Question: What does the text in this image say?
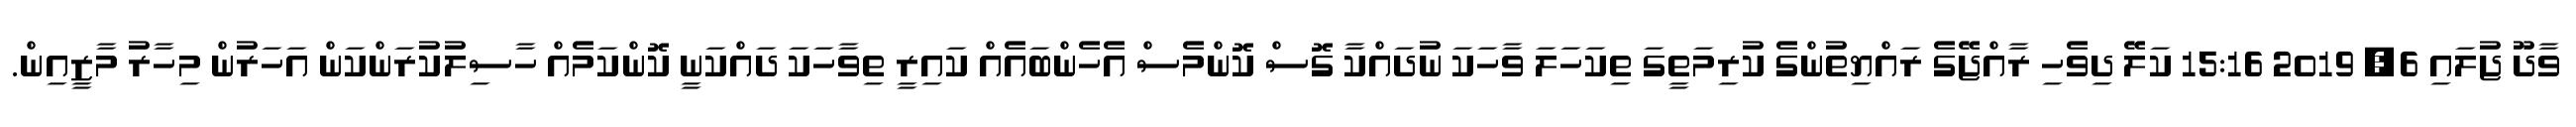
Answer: ވާދޫ ޖުލައި 6, 2019 15:16 ކަލޭ ދިވެހި ރާއްޖޭގެ ރައްޔިތުންގެ ކުރިމަތީގަ ތިކަހަލަ ވާހަކަ ނުދައްކާ ގޮސް ކޮންމެސް އެހެންބައެއް ކައިރީ ތިވާހަކަ ދައްކަނީ ކޮންކަމެއް ހާސިލުކުރަންކަން އަހަރުން މިހާރު މާޒީއިން.